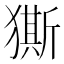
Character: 𭸨